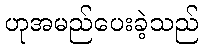
ဟုအမည်ပေးခဲ့သည်